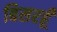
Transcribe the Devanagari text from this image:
बिसरहूँ